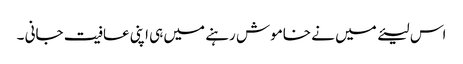
اس لیئے میں نے خاموش رہنے میں ہی اپنی عافیت جانی ۔